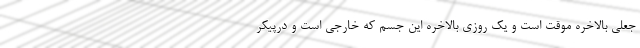
جعلی بالاخره موقت است و یک روزی بالاخره این جسم که خارجی است و درپیکر